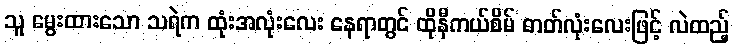
သူ မွေးထားသော သရဲက ထုံးအလုံးလေး နေရာတွင် ထိုနီကယ်စိမ် ဓာတ်လုံးလေးဖြင့် လဲထည့်